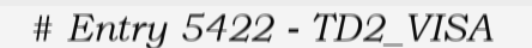
# Entry 5422 - TD2_VISA